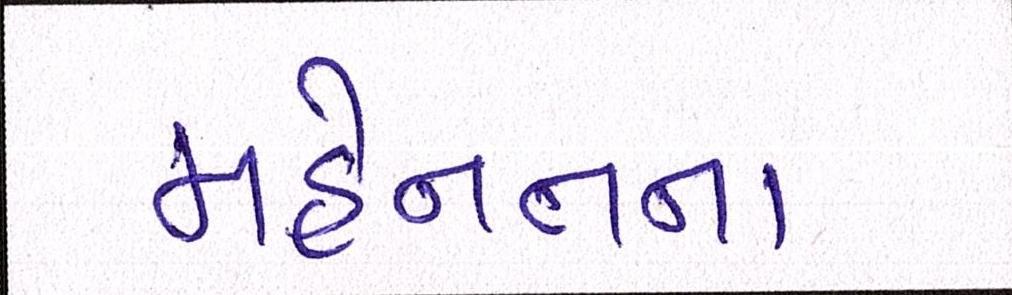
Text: મહેનતના